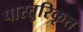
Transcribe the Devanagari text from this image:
पास्तुरिकृत